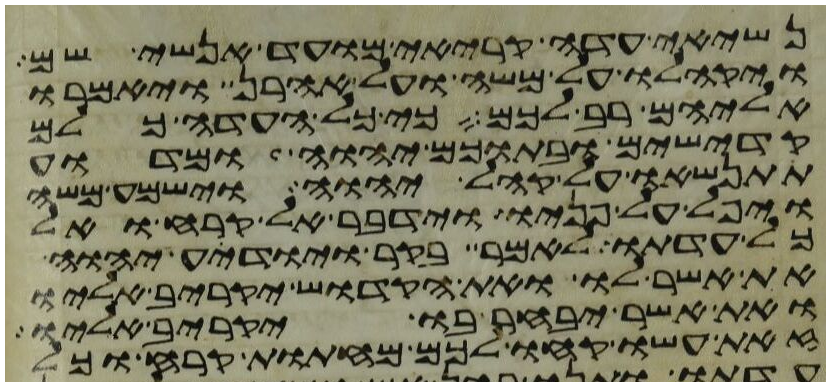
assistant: נשיאי עדה קריאי מועד אנשי שם
ויקהלו על משה ועל אהרן ויאמרו
אליהם רב לכם כי כל העדה כלם
קדישים ובתוכם יהוה ומדוע
תתנשאו על קהל יהוה וישמע משה
ויפל על פניו וידבר אל קרח ואל
כל עדתו לאמר בקר ויודע יהוה
את אשר לו ואת הקדוש יקריב אליו
ואת אשר יבחר בו יקריב אליו
זאת עשו קחו לכם מחתות קרח וכל